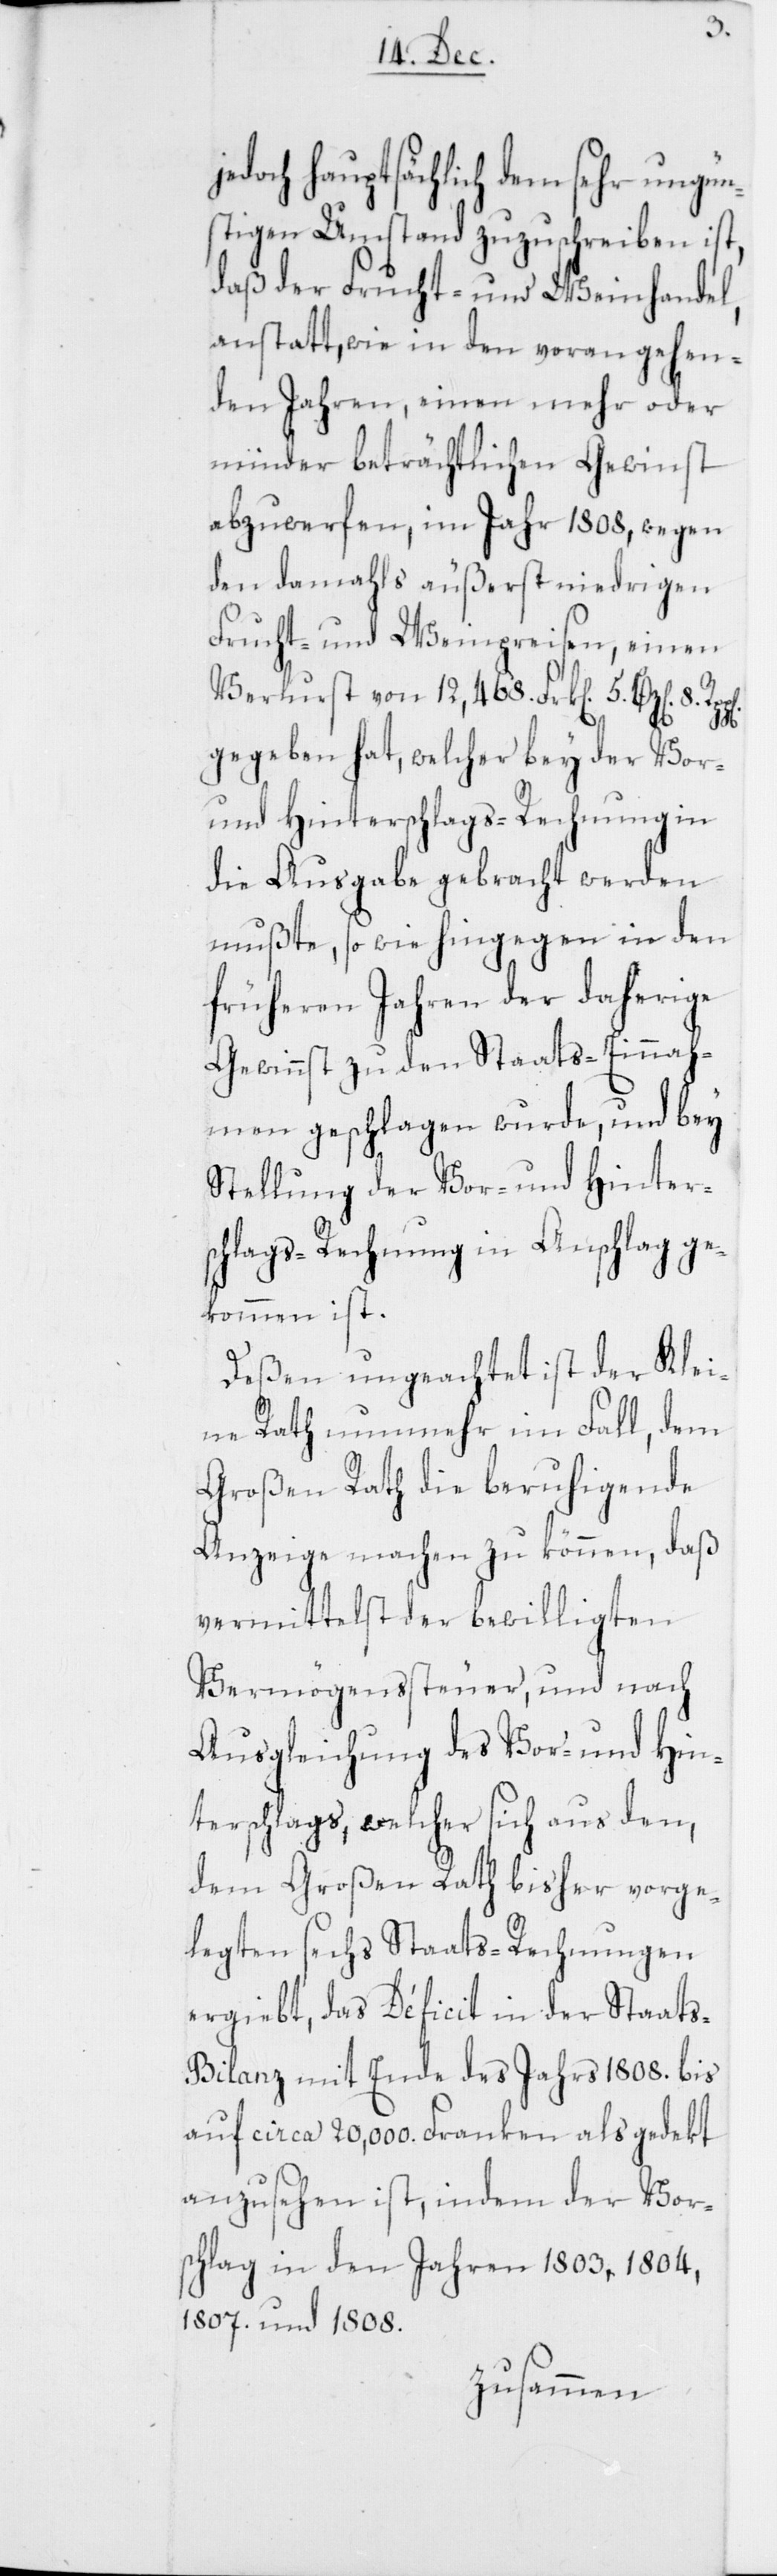
doch hauptsächlich dem
ungün¬
stigen Umstand zuzuschreiben
daß der Frucht- und Weinhandel,
anstatt wie in den vorangehen¬
den Jahren, einen mehr oder
minder beträchtlichen Gewinst
abzuwerfen, im Jahr 1808, wegen
den damahls äußerst niedrigen
Frucht- und Weinpreisen, einen
Verlurst von 12,468. Frk[en]. 5. Bz[en.]
gegeben hat, welcher bey der Vor-
und Hinterschlags-Rechnung in
die Ausgabe gebracht werden
mußte, so wie hingegen in den
früheren Jahren der daherige
Gewinnst zu den Staats-Einnah¬
men geschlagen wurde, und bey
Stellung der Vor- und Hinters¬
chlags-Rechnung in Anschlag ge¬
kommen ist.
Deßen ungeachtet ist der Klei¬
ne Rath nunmehr im Fall, dem
Großen Rath die beruhigende
Anzeige machen zu können, daß
vermittelst der bewilligten
Vermögenssteuer, und nach
Ausgleichung des Vor- und Hin¬
terschlags, welcher sich aus den,
dem Großen Rath bisher vorge¬
legten sechs Staats-Rechnungen
ergiebt, das Déficit in der Staat¬
s-Bilanz mit Ende des Jahrs 1808. bis
auf circa 20,000. Franken als gedekt
anzusehen ist, indem der Vor¬
schlag in den Jahren 1803, 1804,
1807. und 1808.